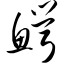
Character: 鳄